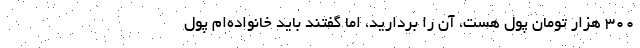
۳۰۰ هزار تومان پول هست، آن را بردارید، اما گفتند باید خانواده‌ام پول